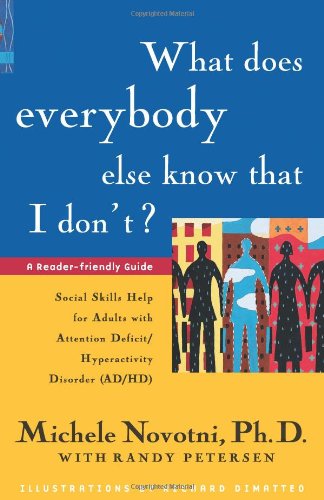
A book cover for What Does Everybody Else Know That I Don't?: Social Skills Help for Adults with Attention Deficit/Hyperactivity Disorder; Michele Novotni PhD; Self-Help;